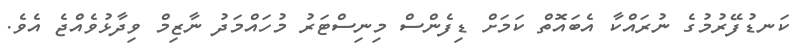
ކަނޑުފޭރުމުގެ ނުރައްކާ އެބައޮތް ކަމަށް ޑިފެންސް މިނިސްޓަރު މުހައްމަދު ނާޒިމް ވިދާޅުވެއްޖެ އެވެ.